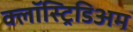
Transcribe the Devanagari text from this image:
क्लॉस्ट्रिडिअम